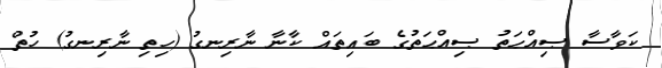
ކަވާސާ ޞިއްޙަތު ޞިއްޙަތުގެ ބައިތައް ކާނާ ނާރިނގު (ހިތި ނާރިނގު) ހުތް